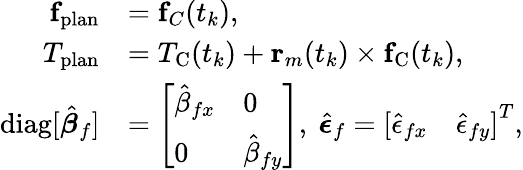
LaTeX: \begin{array}{rl}{{\mathbf f}_{\mathrm{plan}}}&{={\mathbf f}_{C}(t_{k}),}\\ {T_{\mathrm{plan}}}&{=T_{\mathrm{C}}(t_{k})+{\mathbf r}_{m}(t_{k})\times{\mathbf f}_{\mathrm{C}}(t_{k}),}\\ {\mathrm{diag}[\hat{\boldsymbol\beta}_{f}]}&{=\left[\begin{array}{ll}{\hat{\beta}_{fx}}&{0}\\ {0}&{\hat{\beta}_{fy}}\end{array}\right],~\hat{\boldsymbol\epsilon}_{f}=\left[\begin{array}{ll}{\hat{\epsilon}_{fx}}&{\hat{\epsilon}_{fy}}\end{array}\right]^{T},}\end{array}